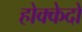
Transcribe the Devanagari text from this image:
होक्केदो